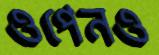
ওপেনও